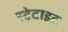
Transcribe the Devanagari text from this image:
स्टेटाइट